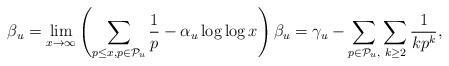
LaTeX: \begin{align*} \beta _u=\lim_{x \rightarrow\infty } \left(\sum _{p\leq x, p\in \mathcal{P}_u} \frac{1}{p}-\alpha _u\log \log x\right)\beta_u=\gamma _u-\sum _{p\in \mathcal{P}_u,} \sum _{k\geq 2} \frac{1}{k p^k} ,\end{align*}